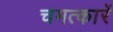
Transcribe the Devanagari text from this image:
चमत्कारें